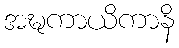
အဍ္ဎကာယိကာနိ